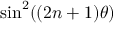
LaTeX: \sin ^ { 2 } ( ( 2 n + 1 ) \theta ) \,